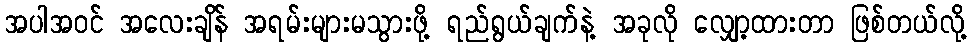
အပါအဝင် အလေးချိန် အရမ်းများမသွားဖို့ ရည်ရွယ်ချက်နဲ့ အခုလို လျှော့ထားတာ ဖြစ်တယ်လို့